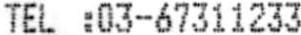
TEL :03-67311233